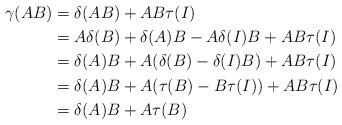
LaTeX: \begin{align*}\gamma(AB) & = \delta(AB)+AB\tau(I) \\& = A \delta ( B) + \delta (A) B - A \delta (I) B+ AB\tau(I)\\& = \delta (A) B+A(\delta ( B)-\delta (I) B)+ AB\tau(I)\\& = \delta (A) B+A(\tau ( B)- B\tau ( I))+ AB\tau(I)\\& = \delta (A) B+A\tau ( B)\end{align*}